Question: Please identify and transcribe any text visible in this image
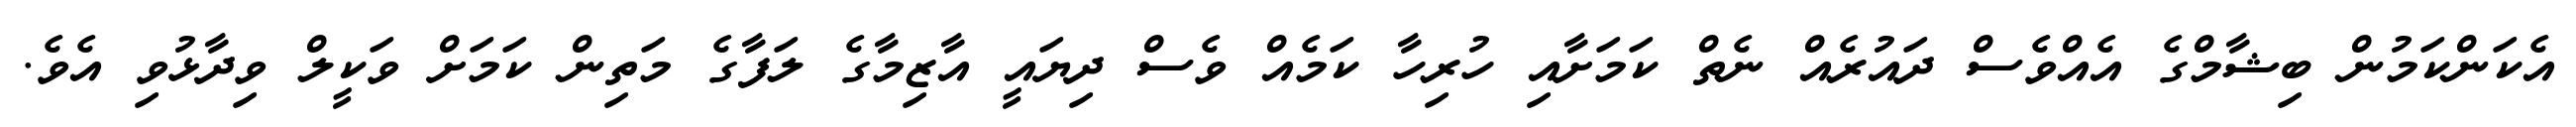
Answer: އެކަންކަމުން ބިޝާމްގެ އެއްވެސް ދައުރެއް ނެތް ކަމަށާއި ހުރިހާ ކަމެއް ވެސް ދިޔައީ އާޒިމާގެ ލަފާގެ މަތިން ކަމަށް ވަކީލް ވިދާޅުވި އެވެ.